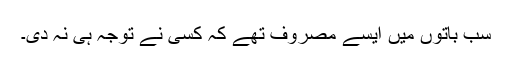
سب باتوں میں ایسے مصروف تھے کہ کسی نے توجہ ہی نہ دی۔